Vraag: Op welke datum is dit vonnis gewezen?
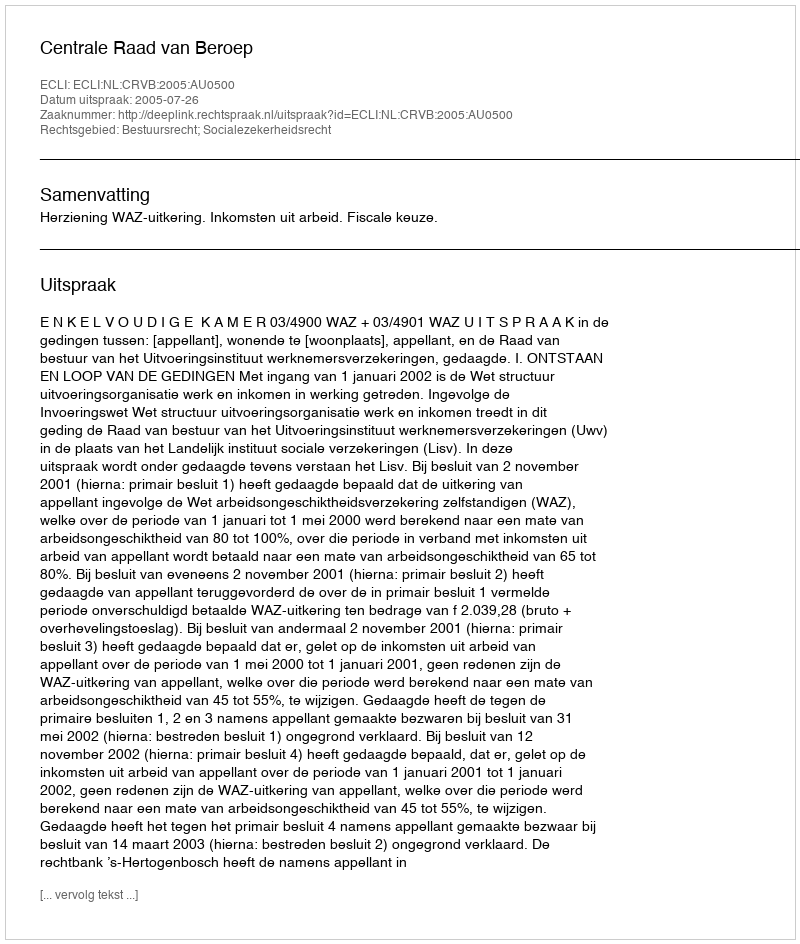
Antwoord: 2005-07-26